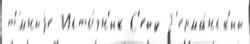
т'́мныjе Исто́чн'ик С'ейд Г'ерма́нск'ий